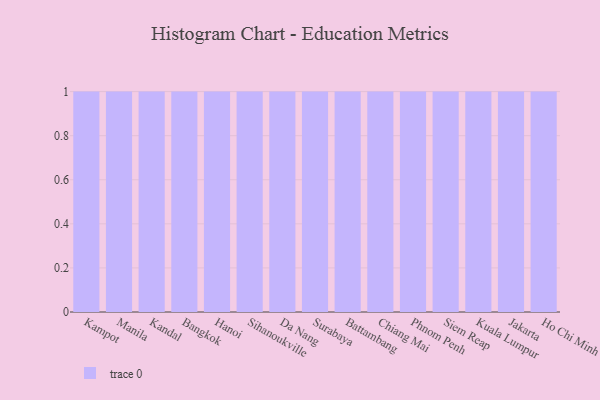
{"axis": {"x": "City", "y": "Active Users"}, "legend": [""], "data": [{"x": "Kampot", "y": 55, "type": ""}, {"x": "Manila", "y": 55, "type": ""}, {"x": "Kandal", "y": 80, "type": ""}, {"x": "Bangkok", "y": 99, "type": ""}, {"x": "Hanoi", "y": 60, "type": ""}, {"x": "Sihanoukville", "y": 30, "type": ""}, {"x": "Da Nang", "y": 58, "type": ""}, {"x": "Surabaya", "y": 56, "type": ""}, {"x": "Battambang", "y": 22, "type": ""}, {"x": "Chiang Mai", "y": 93, "type": ""}, {"x": "Phnom Penh", "y": 53, "type": ""}, {"x": "Siem Reap", "y": 88, "type": ""}, {"x": "Kuala Lumpur", "y": 100, "type": ""}, {"x": "Jakarta", "y": 77, "type": ""}, {"x": "Ho Chi Minh City", "y": 100, "type": ""}]}